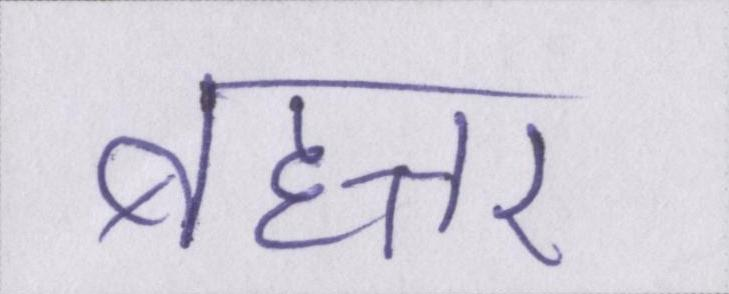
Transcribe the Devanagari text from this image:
बहत्तर